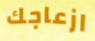
ازعاجك